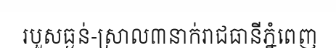
របួសធ្ងន់-ស្រាល៣នាក់រាជធានីភ្នំពេញ